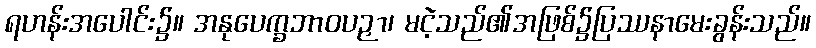
ရဟန်းအပေါင်း၌။ အနုပေက္ခဘာဝပဉှာ၊ မငဲ့သည်၏အဖြစ်၌ပြဿနာမေးခွန်းသည်။